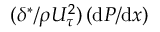
( \delta ^ { * } / { \rho U _ { \tau } ^ { 2 } } ) \left( \mathrm { d } P / \mathrm { d } x \right)